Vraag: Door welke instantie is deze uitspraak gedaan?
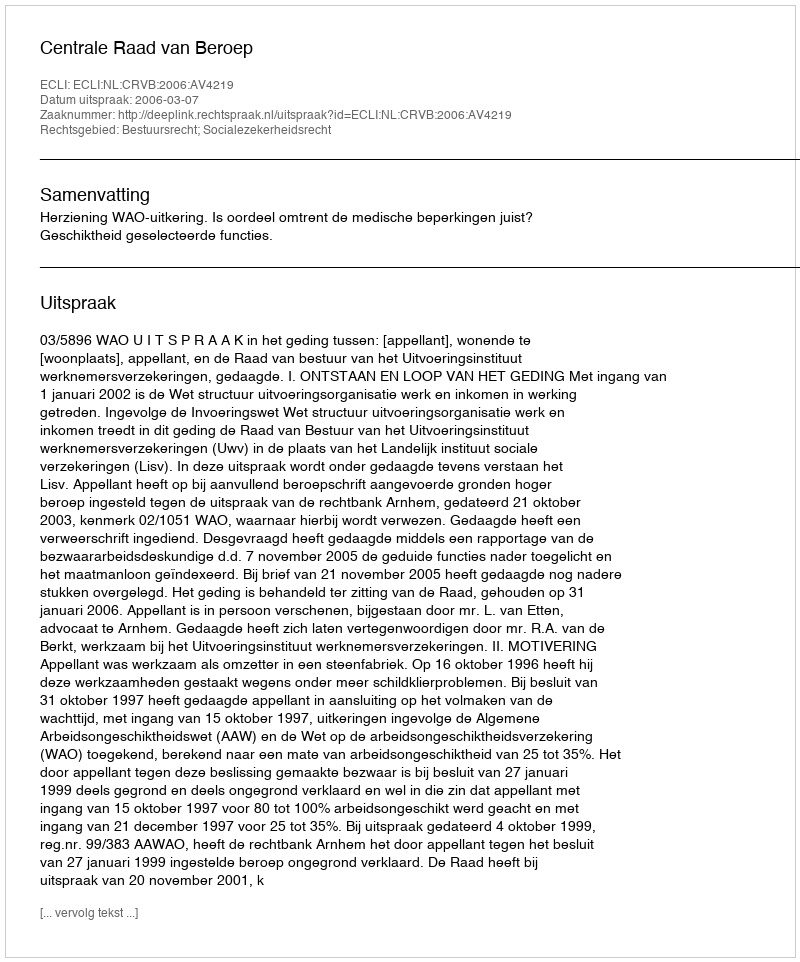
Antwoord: Centrale Raad van Beroep